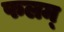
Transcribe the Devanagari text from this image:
फलम्